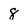
Character: 8